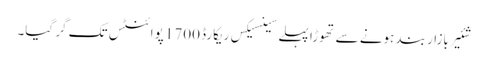
شئیر بازار بند ہونے سے تھوڑا پہلے سینسیکس ریکارڈ 1700 پوائنٹس تک گر گیا۔